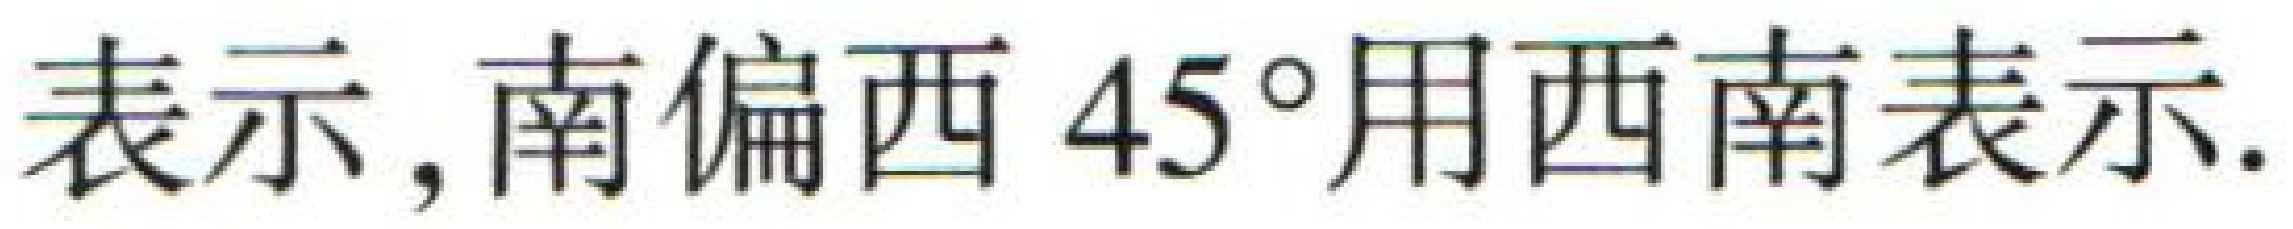
表示, 南偏西 \(45^{\circ}\) 用西南表示.